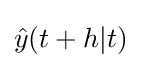
{\hat {y}}(t+h|t)